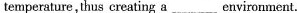
temperature, thus creating a environment.